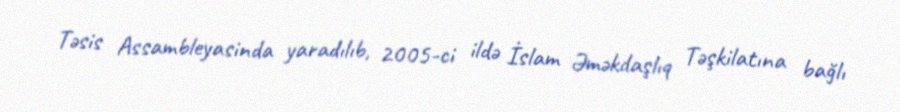
Təsis Assambleyasinda yaradılıb, 2005-ci ildə İslam Əməkdaşlıq Təşkilatına bağlı